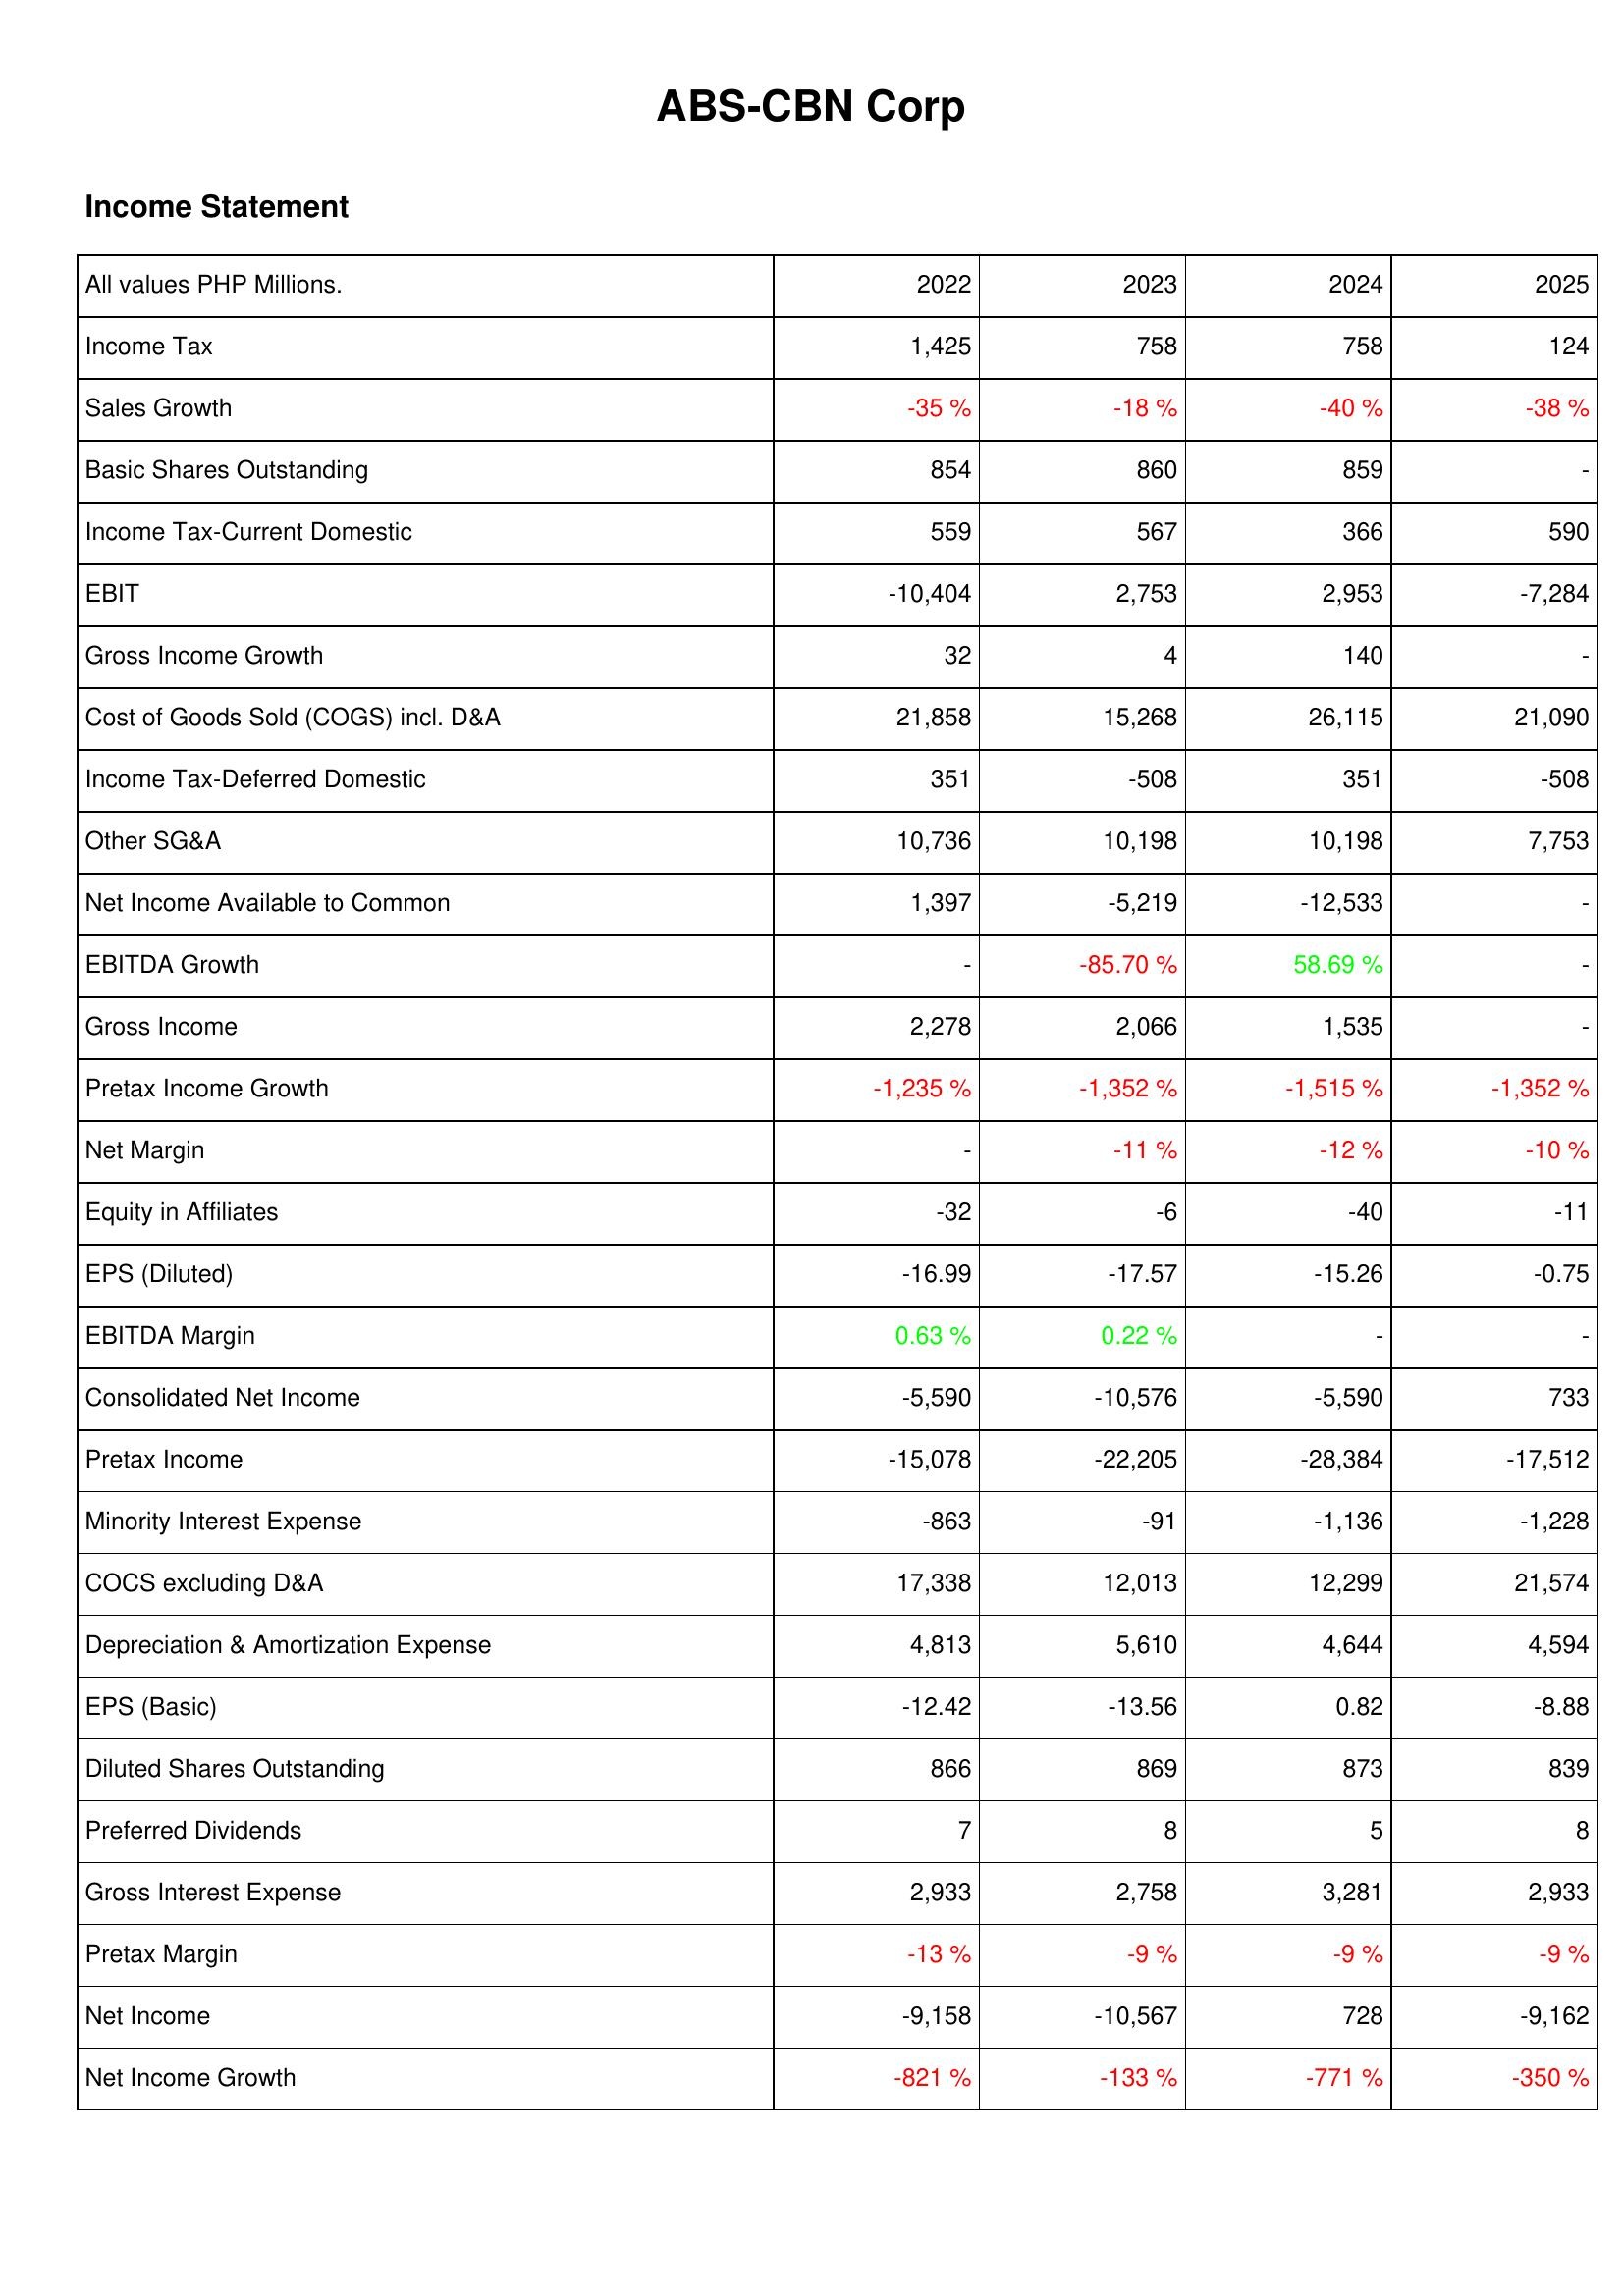
2022: Income Statement: Income Tax: 1,425
Sales Growth: -35 %
Basic Shares Outstanding: 854
Income Tax-Current Domestic: 559
EBIT: -10,404
Gross Income Growth: 32
Cost of Goods Sold (COGS) incl. D&A: 21,858
Income Tax-Deferred Domestic: 351
Other SG&A: 10,736
Net Income Available to Common: 1,397
EBITDA Growth: -
Gross Income: 2,278
Pretax Income Growth: -1,235 %
Net Margin: -
Equity in Affiliates: -32
EPS (Diluted): -16.99
EBITDA Margin: 0.63 %
Consolidated Net Income: -5,590
Pretax Income: -15,078
Minority Interest Expense: -863
COCS excluding D&A: 17,338
Depreciation & Amortization Expense: 4,813
EPS (Basic): -12.42
Diluted Shares Outstanding: 866
Preferred Dividends: 7
Gross Interest Expense: 2,933
Pretax Margin: -13 %
Net Income: -9,158
Net Income Growth: -821 %
2023: Income Statement: Income Tax: 758
Sales Growth: -18 %
Basic Shares Outstanding: 860
Income Tax-Current Domestic: 567
EBIT: 2,753
Gross Income Growth: 4
Cost of Goods Sold (COGS) incl. D&A: 15,268
Income Tax-Deferred Domestic: -508
Other SG&A: 10,198
Net Income Available to Common: -5,219
EBITDA Growth: -85.70 %
Gross Income: 2,066
Pretax Income Growth: -1,352 %
Net Margin: -11 %
Equity in Affiliates: -6
EPS (Diluted): -17.57
EBITDA Margin: 0.22 %
Consolidated Net Income: -10,576
Pretax Income: -22,205
Minority Interest Expense: -91
COCS excluding D&A: 12,013
Depreciation & Amortization Expense: 5,610
EPS (Basic): -13.56
Diluted Shares Outstanding: 869
Preferred Dividends: 8
Gross Interest Expense: 2,758
Pretax Margin: -9 %
Net Income: -10,567
Net Income Growth: -133 %
2024: Income Statement: Income Tax: 758
Sales Growth: -40 %
Basic Shares Outstanding: 859
Income Tax-Current Domestic: 366
EBIT: 2,953
Gross Income Growth: 140
Cost of Goods Sold (COGS) incl. D&A: 26,115
Income Tax-Deferred Domestic: 351
Other SG&A: 10,198
Net Income Available to Common: -12,533
EBITDA Growth: 58.69 %
Gross Income: 1,535
Pretax Income Growth: -1,515 %
Net Margin: -12 %
Equity in Affiliates: -40
EPS (Diluted): -15.26
EBITDA Margin: -
Consolidated Net Income: -5,590
Pretax Income: -28,384
Minority Interest Expense: -1,136
COCS excluding D&A: 12,299
Depreciation & Amortization Expense: 4,644
EPS (Basic): 0.82
Diluted Shares Outstanding: 873
Preferred Dividends: 5
Gross Interest Expense: 3,281
Pretax Margin: -9 %
Net Income: 728
Net Income Growth: -771 %
2025: Income Statement: Income Tax: 124
Sales Growth: -38 %
Basic Shares Outstanding: -
Income Tax-Current Domestic: 590
EBIT: -7,284
Gross Income Growth: -
Cost of Goods Sold (COGS) incl. D&A: 21,090
Income Tax-Deferred Domestic: -508
Other SG&A: 7,753
Net Income Available to Common: -
EBITDA Growth: -
Gross Income: -
Pretax Income Growth: -1,352 %
Net Margin: -10 %
Equity in Affiliates: -11
EPS (Diluted): -0.75
EBITDA Margin: -
Consolidated Net Income: 733
Pretax Income: -17,512
Minority Interest Expense: -1,228
COCS excluding D&A: 21,574
Depreciation & Amortization Expense: 4,594
EPS (Basic): -8.88
Diluted Shares Outstanding: 839
Preferred Dividends: 8
Gross Interest Expense: 2,933
Pretax Margin: -9 %
Net Income: -9,162
Net Income Growth: -350 %